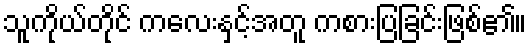
သူကိုယ်တိုင် ကလေးနှင့်အတူ ကစားပြခြင်းဖြစ်၏။